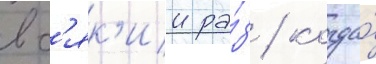
вс'як'ии ра́з / когда́